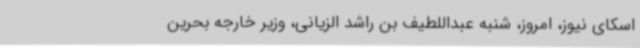
اسکای نیوز، امروز، شنبه عبداللطیف بن راشد الزیانی، وزیر خارجه بحرین